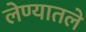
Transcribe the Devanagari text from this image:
लेण्यातले